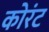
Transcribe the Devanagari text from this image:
कोरंट